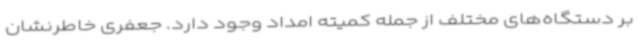
بر دستگاه‌های مختلف از جمله کمیته امداد وجود دارد. جعفری خاطرنشان